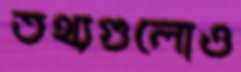
তথ্যগুলোও